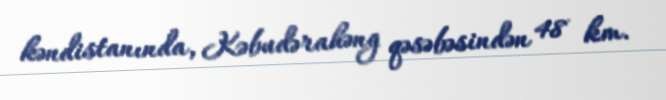
kəndistanında, Kəbudərahəng qəsəbəsindən 48 km.